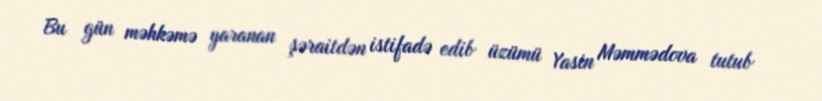
Bu gün məhkəmə yaranan şəraitdən istifadə edib üzümü Yasin Məmmədova tutub